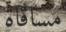
مساقاة